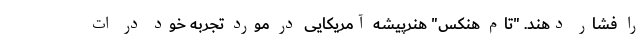
را فشار دهند. "تام هنکس" هنرپیشه آمریکایی در مورد تجربه خود در ات